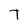
Character: T